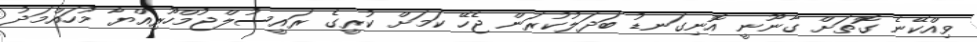
ވިއްކޭނެ ގޮތަށް ގާނޫނީ އޮނިގަނޑު ބަދަލުކުރަން ޖެހޭ ކަމަށް ކުރީގެ ރައީސުލްޖުމްހޫރިއްޔާ މުހައްމަދު